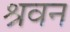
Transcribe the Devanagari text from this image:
श्रवन